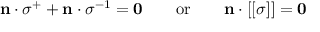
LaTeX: \mathbf { n } \cdot { \boldsymbol { \sigma } } ^ { + } + \mathbf { n } \cdot { \boldsymbol { \sigma } } ^ { - 1 } = \mathbf { 0 } \qquad { \mathrm { o r } } \qquad \mathbf { n } \cdot [ [ { \boldsymbol { \sigma } } ] ] = \mathbf { 0 }